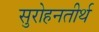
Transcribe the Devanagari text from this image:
सुरोहनतीर्थ